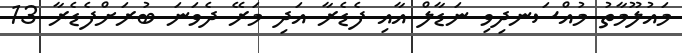
މައުލޫމާތު މުއްސަނދިވި ނަޑާލް އާއި ފެޑެރާ އަދި މަރޭ ދެވަނަ ބުރަށްފެޑެރާ 13